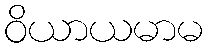
ဝိယာယမာမ